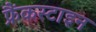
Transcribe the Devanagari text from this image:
फ्रैंकस्टाइन